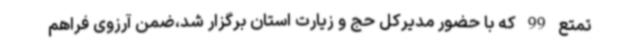
تمتع 99 که با حضور مدیرکل حج و زیارت استان برگزار شد،ضمن آرزوی فراهم